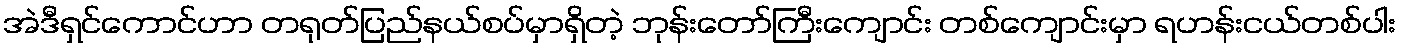
အဲဒီရှင်ကောင်ဟာ တရုတ်ပြည်နယ်စပ်မှာရှိတဲ့ ဘုန်းတော်ကြီးကျောင်း တစ်ကျောင်းမှာ ရဟန်းငယ်တစ်ပါး